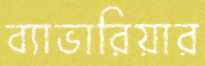
ব্যাভারিয়ার